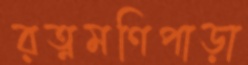
রত্নমণিপাড়া